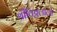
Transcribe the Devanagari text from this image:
श्रीविठ्ठलाला